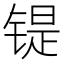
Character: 𫔂